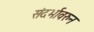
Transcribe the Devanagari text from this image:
संदर्भावरुन